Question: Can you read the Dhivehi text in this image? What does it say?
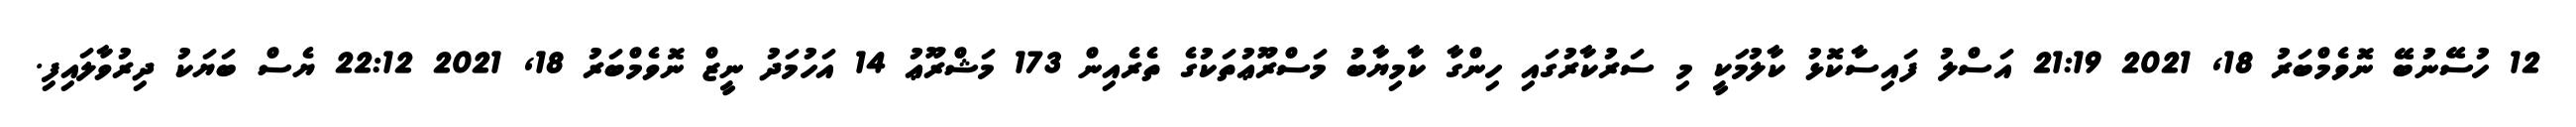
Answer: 12 ހުސޭނުބޭ ނޮވެމްބަރު 18, 2021 21:19 އަސްލު ފައިސާކޮޅު ކާލުމަކީ މި ސަރުކާރުގައި ހިންގާ ކާމިޔާބު މަސްރޫޢުތަކުގެ ތެރެއިން 173 މަޝްރޫޢު 14 އަހުމަދު ނީޒް ނޮވެމްބަރު 18, 2021 22:12 ޔެސް ބަޔަކު ދިރުވާލައިފި.